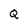
Character: Q